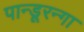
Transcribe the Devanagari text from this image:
पान्डूरन्गा